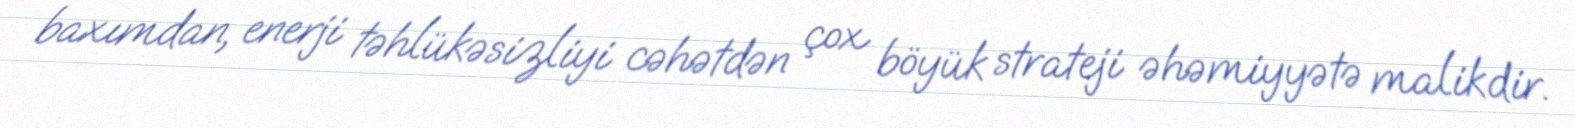
baxımdan, enerji təhlükəsizliyi cəhətdən çox böyük strateji əhəmiyyətə malikdir.